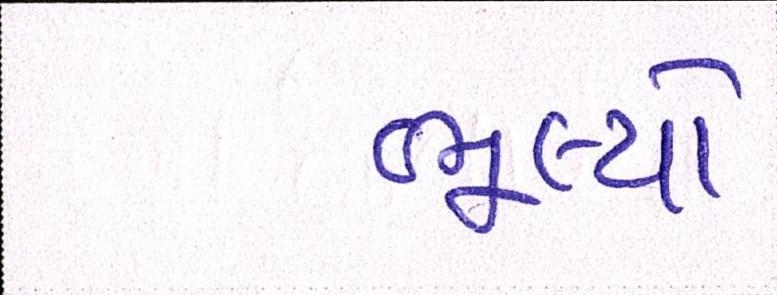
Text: ભૂલ્યો